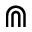
\Cap